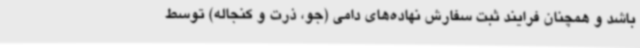
باشد و همچنان فرایند ثبت سفارش نهاده‌های دامی (جو، ذرت و کنجاله) توسط